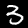
Label: 3